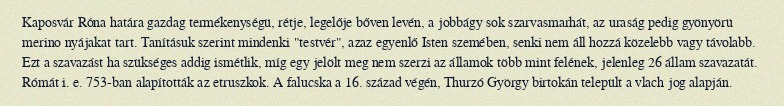
Kaposvár Róna határa gazdag termékenységü, rétje, legelője bőven levén, a jobbágy sok szarvasmarhát, az uraság pedig gyönyörü merino nyájakat tart. Tanításuk szerint mindenki "testvér", azaz egyenlő Isten szemében, senki nem áll hozzá közelebb vagy távolabb. Ezt a szavazást ha szükséges addig ismétlik, míg egy jelölt meg nem szerzi az államok több mint felének, jelenleg 26 állam szavazatát. Rómát i. e. 753-ban alapították az etruszkok. A falucska a 16. század végén, Thurzó György birtokán települt a vlach jog alapján.